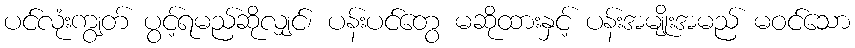
ပင်လုံးကျွတ် ပွင့်ရမည်ဆိုလျှင်၊ ပန်းပင်တွေ မဆိုထားနှင့် ပန်းအမျိုးအမည် မဝင်သော